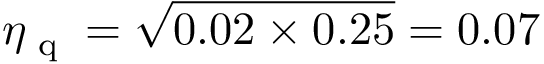
\eta _ { \textrm { q } } = \sqrt { 0 . 0 2 \times 0 . 2 5 } = 0 . 0 7